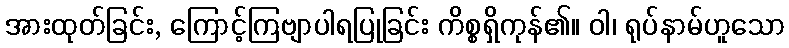
အားထုတ်ခြင်း, ကြောင့်ကြဗျာပါရပြုခြင်း ကိစ္စရှိကုန်၏။ ဝါ၊ ရုပ်နာမ်ဟူသော